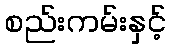
စည်းကမ်းနှင့်